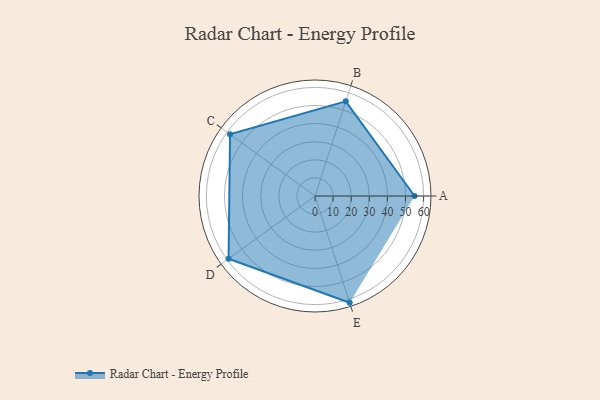
{"axis": {"x": "Skill", "y": "Score"}, "legend": ["Profile"], "data": [{"x": "A", "y": 55.0, "type": "Profile"}, {"x": "B", "y": 55.0, "type": "Profile"}, {"x": "C", "y": 58.0, "type": "Profile"}, {"x": "D", "y": 59.0, "type": "Profile"}, {"x": "E", "y": 62.0, "type": "Profile"}]}